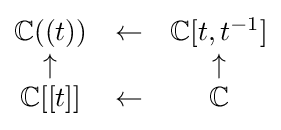
{\begin{matrix}\mathbb {C} ((t))&\leftarrow &\mathbb {C} [t,t^{-1}]\\\uparrow &&\uparrow \\\mathbb {C} [[t]]&\leftarrow &\mathbb {C} \end{matrix}}